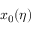
x _ { 0 } ( \eta )